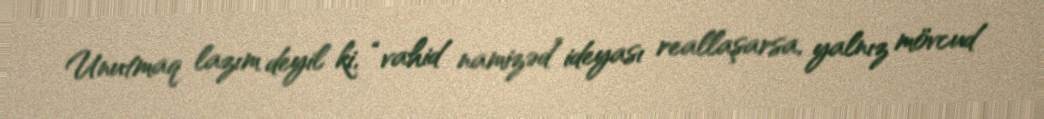
Unutmaq lazım deyil ki, “vahid namizəd” ideyası reallaşarsa, yalnız mövcud